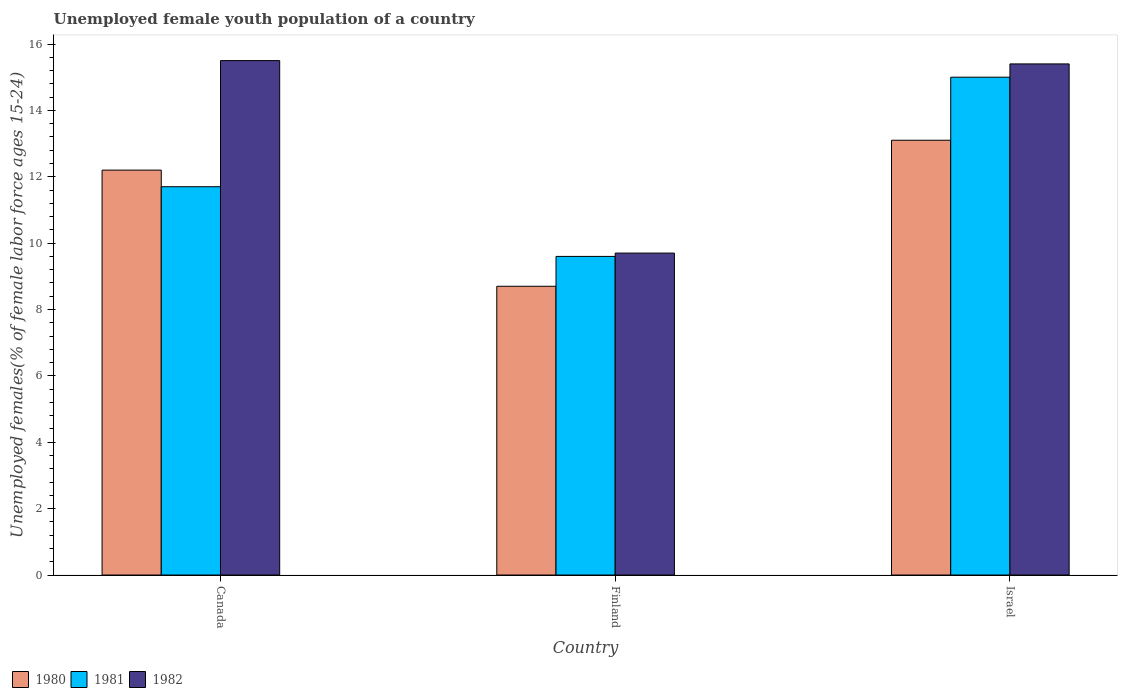
| Country | 1980 | 1981 | 1982 |
 | --- | --- | --- | --- |
 | Canada | 12.2 | 11.7 | 15.5 |
 | Finland | 8.7 | 9.6 | 9.7 |
 | Israel | 13.1 | 15 | 15.4 |